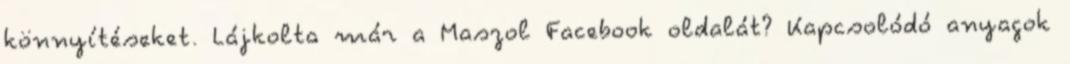
könnyítéseket. Lájkolta már a Maszol Facebook oldalát? Kapcsolódó anyagok